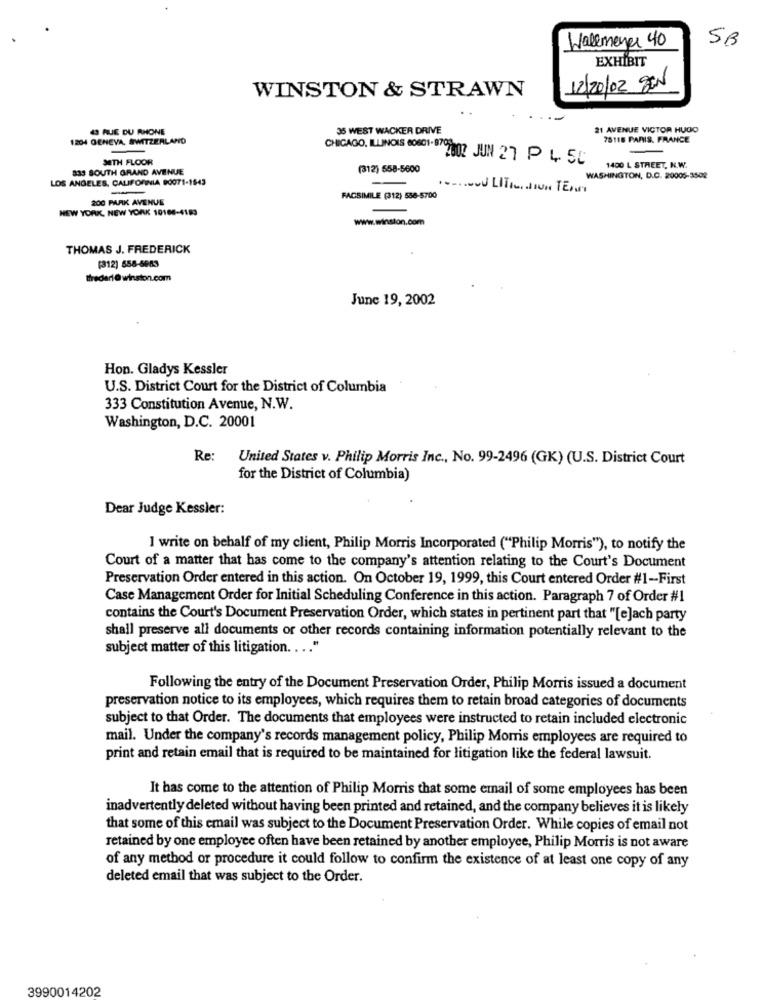
Wallmeyer 40
SB
EXHIBIT
WINSTON & STRAWN
12/20/02 SEN
43 RUE DU RHONE
35 WEST WACKER DRIVE
21 AVENUE VICTOR HUGO
1204 GENEVA, SWITZERLAND
78118 PARIS, FRANCE
SETH FLOOR
CHICAGO, ILLINOIS 60801 - 870 2 JUN 27 P 4. 50
833 SOUTH GRAND AVENUE
(312) 558-5600
1400 L STREET, N.W.
LOS ANGELES, CALIFORNIA 90071-1543
WASHINGTON, D.C. 20005-3502
-
200 PARK AVENUE
FACSIMILE (312) 538-5700
NEW YORK, NEW YORK 10106-4183
www.winston.com
THOMAS J. FREDERICK
(312) 558-5983
tfrederi@winston.com
June 19, 2002
Hon. Gladys Kessler
U.S. District Court for the District of Columbia
333 Constitution Avenue, N.W.
Washington, D.C. 20001
Re:
United States v. Philip Morris Inc ., No. 99-2496 (GK) (U.S. District Court
for the District of Columbia)
Dear Judge Kessler:
I write on behalf of my client, Philip Morris Incorporated ("Philip Morris"), to notify the
Court of a matter that has come to the company's attention relating to the Court's Document
Preservation Order entered in this action. On October 19, 1999, this Court entered Order #1-First
Case Management Order for Initial Scheduling Conference in this action. Paragraph 7 of Order #1
contains the Court's Document Preservation Order, which states in pertinent part that "[e]ach party
shall preserve all documents or other records containing information potentially relevant to the
subject matter of this litigation .... "
Following the entry of the Document Preservation Order, Philip Morris issued a document
preservation notice to its employees, which requires them to retain broad categories of documents
subject to that Order. The documents that employees were instructed to retain included electronic
mail. Under the company's records management policy, Philip Morris employees are required to
print and retain email that is required to be maintained for litigation like the federal lawsuit.
It has come to the attention of Philip Morris that some email of some employees has been
inadvertently deleted without having been printed and retained, and the company believes it is likely
that some of this email was subject to the Document Preservation Order. While copies of email not
retained by one employee often have been retained by another employee, Philip Morris is not aware
of any method or procedure it could follow to confirm the existence of at least one copy of any
deleted email that was subject to the Order.
3990014202